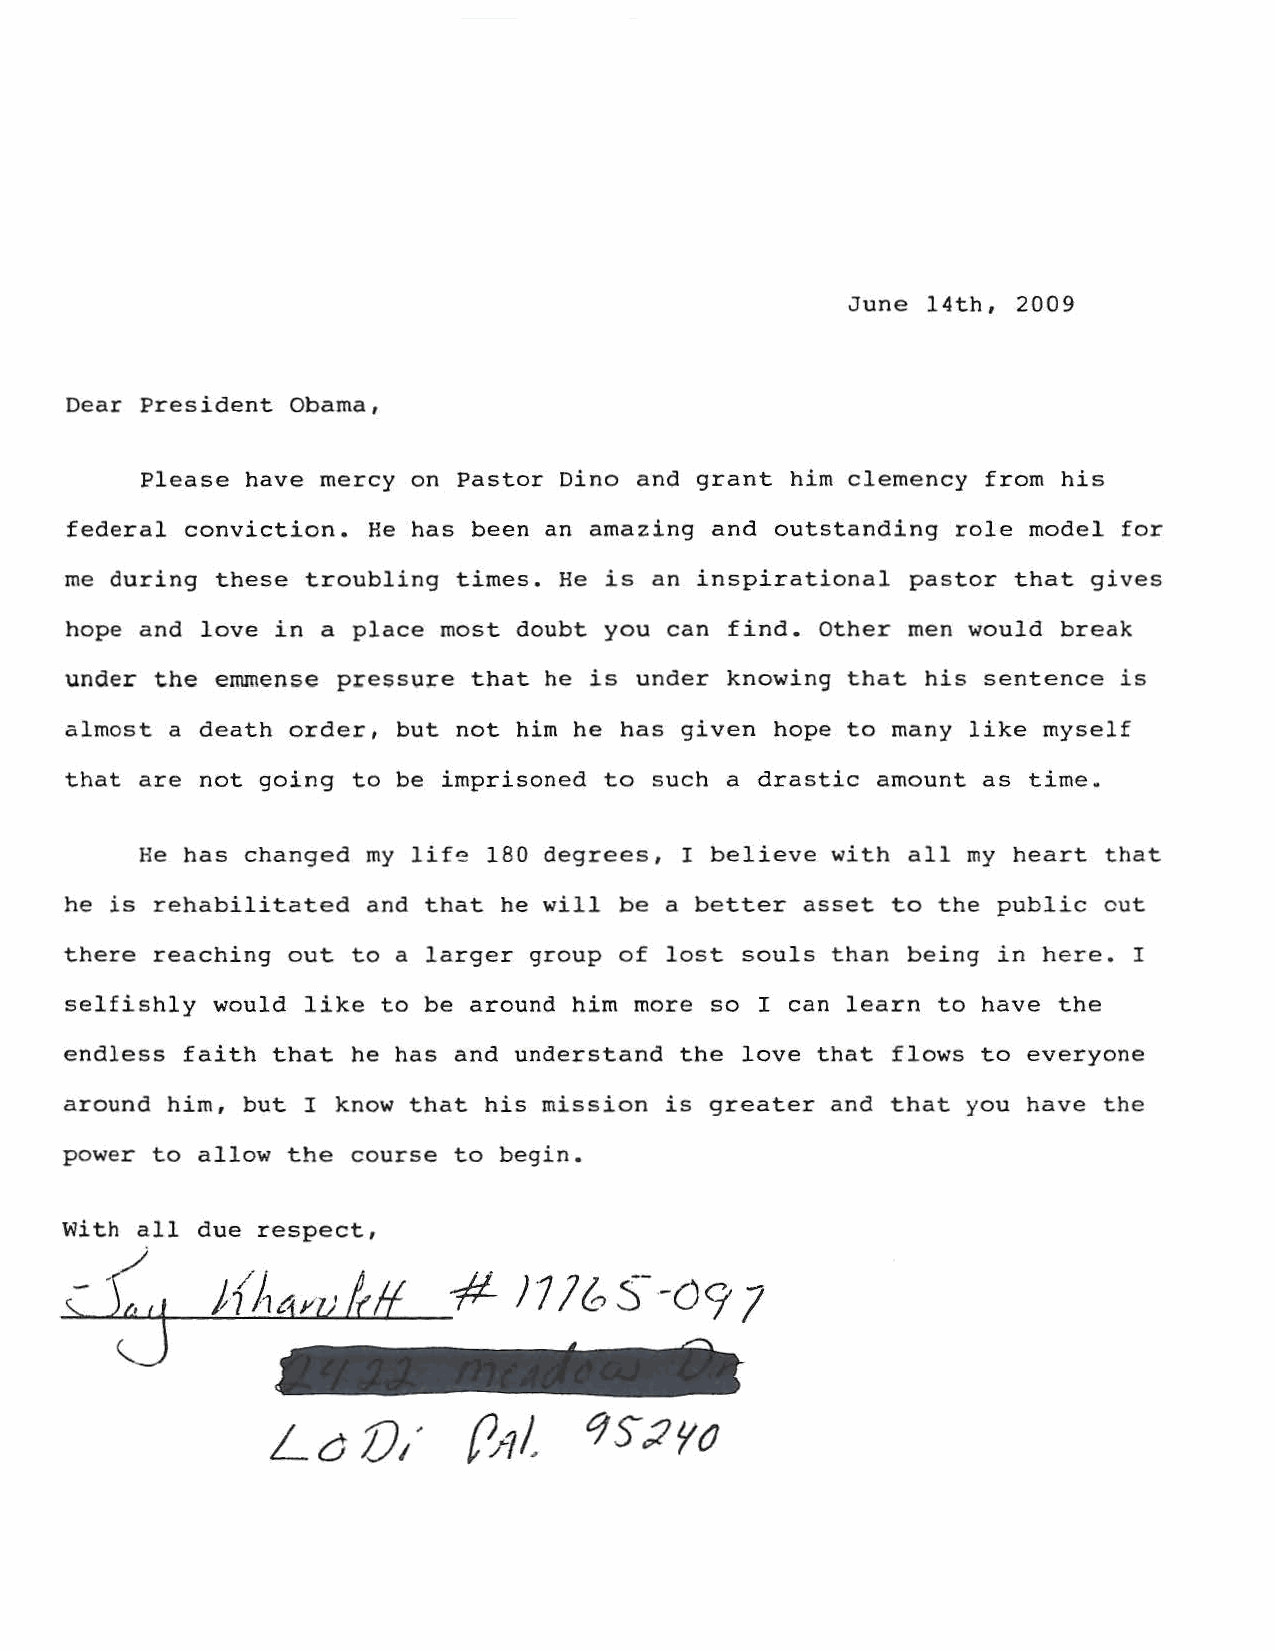
June  14th, 2009
 Dear President Obama,
 Please have mercy on Pastor Dino and grant him clemency from his
 federal conviction. He has been an amazing and outstanding role model for
 me during these troubling times. He is an inspirational pastor that gives
 hope and love in a  place most doubt you can find. Other men would break
 under the ernmense pressure that he is under knowing that his sentence is
 almost a death order, but not him he has given hope to many like myself
 that are not going to be imprisoned to such a drastic amount as time.
 He has changed my life 180 degrees, I believe with all my heart that
 he is rehabilitated and that he will be a better asset to the public cut
 there reaching out to a larger group of lost souls than being in here. I
 selfishly would like to be around him more so I can learn to have the
 endless faith that he has and understand the love that flows to everyone
 around him, but I know that his mission is greater and that you have the
 power to allow the course to begin.
 With all due respect,